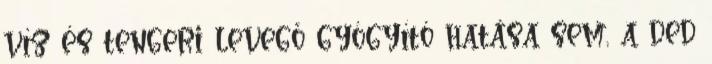
víz és tengeri levegő gyógyító hatása sem, a ded